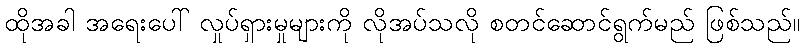
ထိုအခါ အရေးပေါ် လှုပ်ရှားမှုများကို လိုအပ်သလို စတင်ဆောင်ရွက်မည် ဖြစ်သည်။